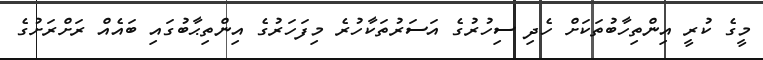
މީގެ ކުރީ އިންތިހާބުތަކަށް ހެދި ސިހުރުގެ އަސަރުތަކާހުރެ މިފަހަރުގެ އިންތިޙާބުގައި ބައެއް ރަށްރަށުގެ